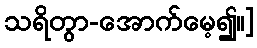
သရိတွာ-အောက်မေ့၍။]